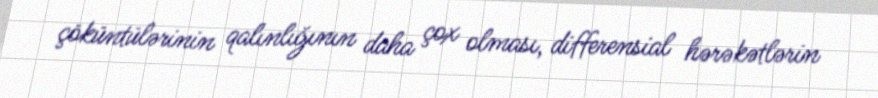
çöküntülərinin qalınlığının daha çox olması, differensial hərəkətlərin